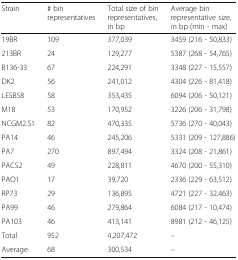
| Strain | # bin representatives | Total size of bin representatives, in bp | Average bin representative size, in bp (min - max) |
 | --- | --- | --- | --- |
 | 19BR | 109 | 377,039 | 3459 (216 - 50,833) |
 | 213BR | 24 | 129,277 | 5387 (268 - 54,765) |
 | B136-33 | 67 | 224,291 | 3348 (227 - 15,557) |
 | DK2 | 56 | 241,012 | 4304 (226 - 81,418) |
 | LESB58 | 58 | 353,435 | 6094 (206 - 50,121) |
 | M18 | 53 | 170,952 | 3226 (206 - 31,798) |
 | NCGM2.S1 | 82 | 470,335 | 5736 (270 - 40,043) |
 | PA14 | 46 | 245,206 | 5331 (209 - 127,886) |
 | PA7 | 270 | 897,494 | 3324 (208 - 21,861) |
 | PACS2 | 49 | 228,811 | 4670 (200 - 55,310) |
 | PAO1 | 17 | 39,720 | 2336 (229 - 63,512) |
 | RP73 | 29 | 136,895 | 4721 (227 - 32,463) |
 | PA99 | 46 | 279,864 | 6084 (217 - 10,474) |
 | PA103 | 46 | 413,141 | 8981 (212 - 46,125) |
 | Total | 952 | 4,207,472 | – |
 | Average | 68 | 300,534 | – |